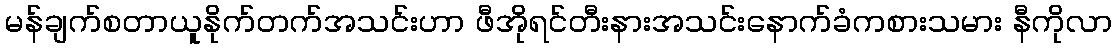
မန်ချက်စတာယူနိုက်တက်အသင်းဟာ ဖီအိုရင်တီးနားအသင်းနောက်ခံကစားသမား နီကိုလာ